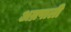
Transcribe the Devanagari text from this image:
अम्रपाली